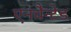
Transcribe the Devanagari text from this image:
एनचैन्टेड